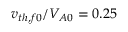
v _ { t h , f 0 } / V _ { A 0 } = 0 . 2 5